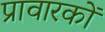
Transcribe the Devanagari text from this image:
प्रावारकों